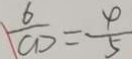
\frac { 6 } { C D } = \frac { 4 } { 5 }